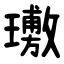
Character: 璷